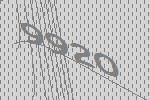
9920